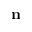
\mathbf { n }